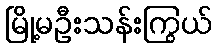
မြို့မဦးသန်းကြွယ်